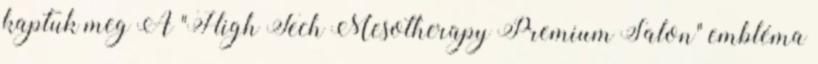
kaptuk meg A "High Tech Mesotherapy Premium Salon" embléma